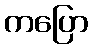
ကပြော